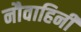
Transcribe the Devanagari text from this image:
नौवाहिनी